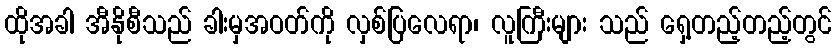
ထိုအခါ အီနိုစီသည် ခါးမှအဝတ်ကို လှစ်ပြလေရာ၊ လူကြီးများ သည် ရှေ့တည့်တည့်တွင်